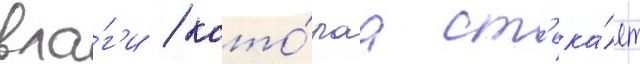
вла́г'и / кото́раа ст'ека́ет